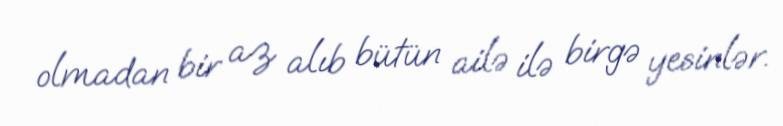
olmadan bir az alıb bütün ailə ilə birgə yesinlər.